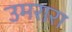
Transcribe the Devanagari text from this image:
उमरारा